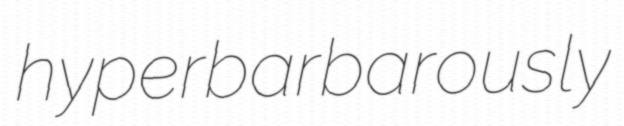
hyperbarbarously